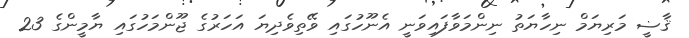
ޤާޟީ މަރިޔަމް ނިހާޔަތު ނިންމަވާފައިވަނީ އެނޫހުގައި ވޭތިވެދިޔަ އަހަރުގެ ޖޫންމަހުގައި ޔާމީންގެ 23